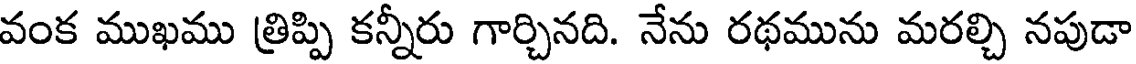
వంక ముఖము త్రిప్పి కన్నీరు గార్చినది. నేను రథమును మరల్చి నపుడా